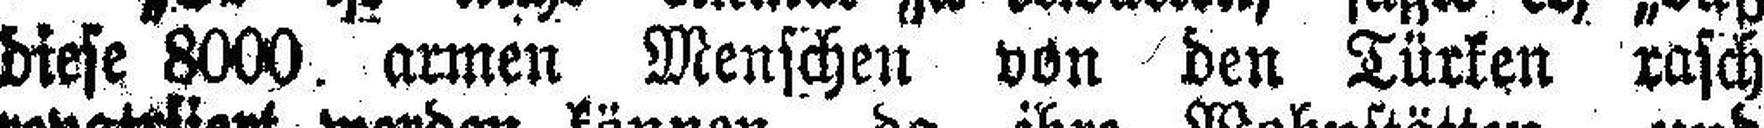
diese 8000. armen Menschen von den Türken rasch